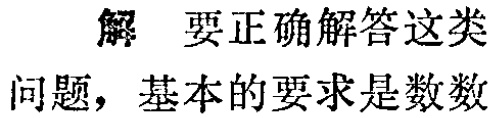
解 要正确解答这类问题，基本的要求是数数